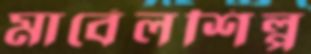
মার্বেলশিল্প